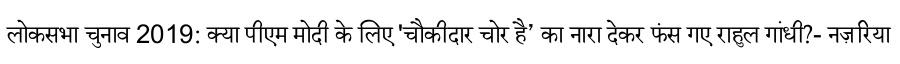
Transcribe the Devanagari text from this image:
लोकसभा चुनाव 2019: क्या पीएम मोदी के लिए 'चौकीदार चोर है’ का नारा देकर फंस गए राहुल गांधी?- नज़रिया